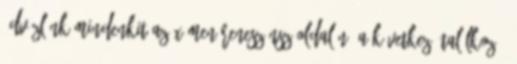
Üdvözlünk mindenkit az X-men Reneszánsz oldalán. A következö találkozó: